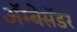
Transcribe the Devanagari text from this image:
अॅम्बेसॅडर